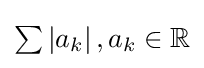
{\textstyle \sum \left|a_{k}\right|,a_{k}\in \mathbb {R} }